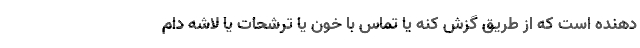
دهنده است که از طریق گزش کنه یا تماس با خون یا ترشحات یا لاشه دام